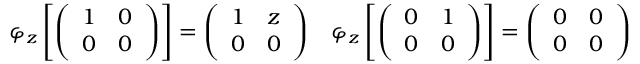
\varphi _ { z } \left[ { \left( \begin{array} { l l } { 1 } & { 0 } \\ { 0 } & { 0 } \end{array} \right) } \right] = { \left( \begin{array} { l l } { 1 } & { z } \\ { 0 } & { 0 } \end{array} \right) } \quad \varphi _ { z } \left[ { \left( \begin{array} { l l } { 0 } & { 1 } \\ { 0 } & { 0 } \end{array} \right) } \right] = { \left( \begin{array} { l l } { 0 } & { 0 } \\ { 0 } & { 0 } \end{array} \right) }